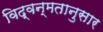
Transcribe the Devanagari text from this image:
विद्वन्मतानुसार